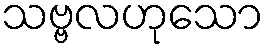
သဗ္ဗလဟုသော